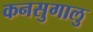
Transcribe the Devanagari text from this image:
कनसुगालु